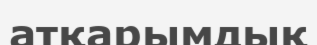
атқарымдық